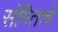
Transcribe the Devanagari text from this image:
संगिताचे